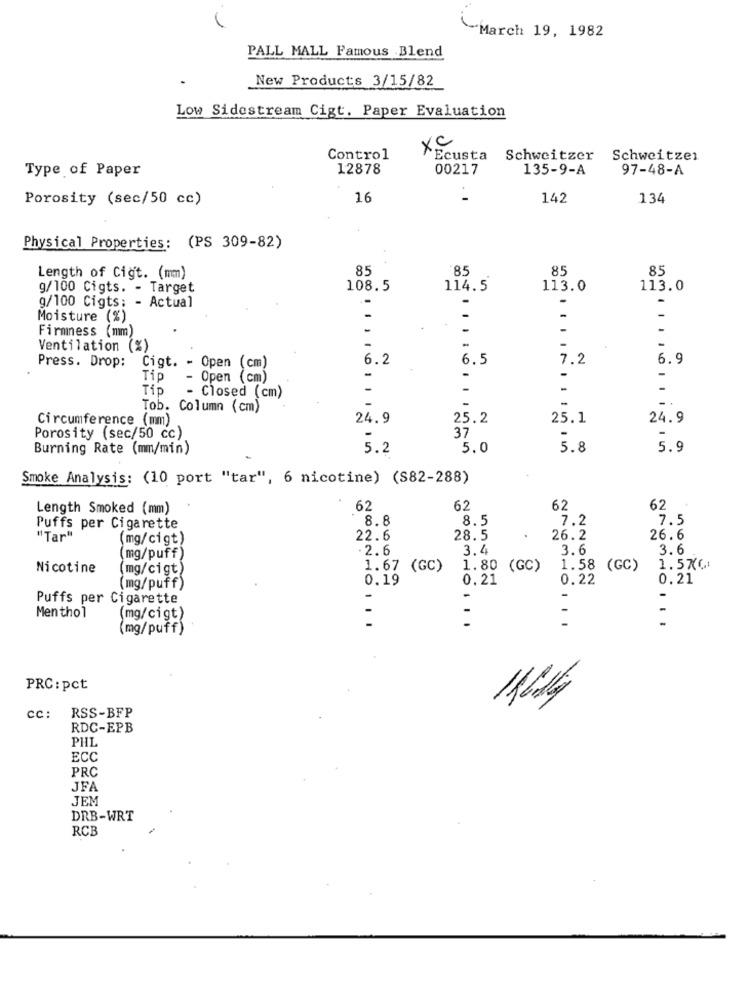
-March 19, 1982
PALL MALL Famous Blend
New Products 3/15/82
Low Sidestream Cigt. Paper Evaluation
XC
Control
`Ecusta Schweitzer
Schweitzer
Type of Paper
12878
00217
135-9-A
97-48-A
Porosity (sec/50 cc)
16
142
134
Physical Properties: (PS 309-82)
85
85
85
85
Length of Cigt. (mm)
g/100 Cigts. - Target
108.5
114.5
113.0
113.0
g/100 Cigts:
- Actual
-
Moisture (%)
-
-
Firmness (mm)
-
-
Ventilation (%)
-
6.2
6.5
7.2
6.9
Press. Drop: Cigt. - Open (cm)
Tip
- Open (cm)
-
-
-
Tip
1 1
-
-
- Closed (cm)
Tob. Column (cm)
Circumference (mm)
24.9
25.2
25.1
24.9
Porosity (sec/50 cc)
37
Burning Rate (mm/min)
5.2
5.0
5.8
5.9
Smoke Analysis: (10 port "tar", 6 nicotine) (S82-288)
Length Smoked (mm)
62
62
62
62
8.8
8.5
7.2
7.5
Puffs per Cigarette
"Tar"
(mg/cigt)
22.6
28.5
26.2
26.6
.2.6
3.4
3.6
3.6
(mg/puff)
Nicotine
(mg/cigt)
1.67 (GC)
1.80 (GC)
1.58
(GC)
1.5KG
0.19
0.21
0.22
0.21
(mg/puff)
Puffs per Cigarette
1
Menthol
(mg/cigt)
(mg/puff)
PRC: pct
RSS-BFP
cc:
RDC-EPB
PHL
ECC
PRC
JFA
JEM
DRB-WRT
RCB